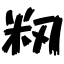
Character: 籾